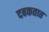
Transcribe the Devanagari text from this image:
दबकतात